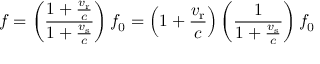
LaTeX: f = \left( { \frac { 1 + { \frac { v _ { \mathrm { r } } } { c } } } { 1 + { \frac { v _ { \mathrm { s } } } { c } } } } \right) f _ { 0 } = \left( 1 + { \frac { v _ { \mathrm { r } } } { c } } \right) \left( { \frac { 1 } { 1 + { \frac { v _ { \mathrm { s } } } { c } } } } \right) f _ { 0 }